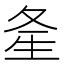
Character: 㚅